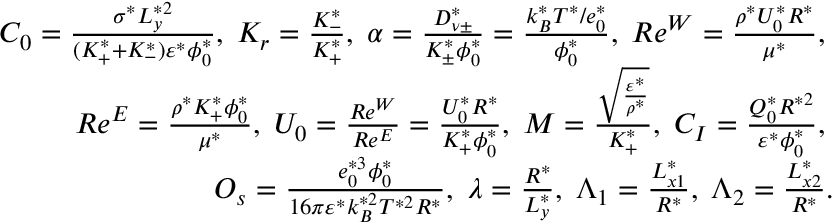
\begin{array} { r } { C _ { 0 } = \frac { \sigma ^ { * } L _ { y } ^ { * 2 } } { ( K _ { + } ^ { * } + K _ { - } ^ { * } ) \varepsilon ^ { * } \phi _ { 0 } ^ { * } } , \; K _ { r } = \frac { K _ { - } ^ { * } } { K _ { + } ^ { * } } , \; \alpha = \frac { D _ { \nu \pm } ^ { * } } { K _ { \pm } ^ { * } \phi _ { 0 } ^ { * } } = \frac { k _ { B } ^ { * } T ^ { * } / e _ { 0 } ^ { * } } { \phi _ { 0 } ^ { * } } , \; R e ^ { W } = \frac { \rho ^ { * } U _ { 0 } ^ { * } R ^ { * } } { \mu ^ { * } } , \; } \\ { R e ^ { E } = \frac { \rho ^ { * } K _ { + } ^ { * } \phi _ { 0 } ^ { * } } { \mu ^ { * } } , \; U _ { 0 } = \frac { R e ^ { W } } { R e ^ { E } } = \frac { U _ { 0 } ^ { * } R ^ { * } } { K _ { + } ^ { * } \phi _ { 0 } ^ { * } } , \; M = \frac { \sqrt { \frac { \varepsilon ^ { * } } { \rho ^ { * } } } } { K _ { + } ^ { * } } , \; C _ { I } = \frac { Q _ { 0 } ^ { * } R ^ { * 2 } } { \varepsilon ^ { * } \phi _ { 0 } ^ { * } } , \; } \\ { O _ { s } = \frac { e _ { 0 } ^ { * 3 } \phi _ { 0 } ^ { * } } { 1 6 \pi \varepsilon ^ { * } k _ { B } ^ { * 2 } T ^ { * 2 } R ^ { * } } , \; \lambda = \frac { R ^ { * } } { L _ { y } ^ { * } } , \; \Lambda _ { 1 } = \frac { L _ { x 1 } ^ { * } } { R ^ { * } } , \; \Lambda _ { 2 } = \frac { L _ { x 2 } ^ { * } } { R ^ { * } } . } \end{array}